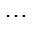
\ldots